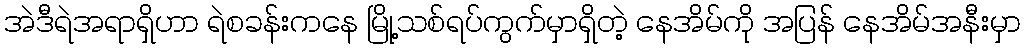
အဲဒီရဲအရာရှိဟာ ရဲစခန်းကနေ မြို့သစ်ရပ်ကွက်မှာရှိတဲ့ နေအိမ်ကို အပြန် နေအိမ်အနီးမှာ